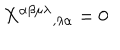
LaTeX: X ^ { \alpha \beta \mu \lambda } { } _ { , \lambda \alpha } = 0